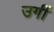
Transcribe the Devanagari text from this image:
उगीं